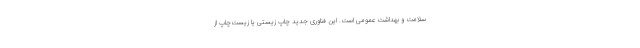
سلامت و بهداشت عمومی است. این فناوری جدید چاپ زیستی یا زیست‌چاپ از